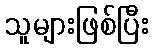
သူများဖြစ်ပြီး